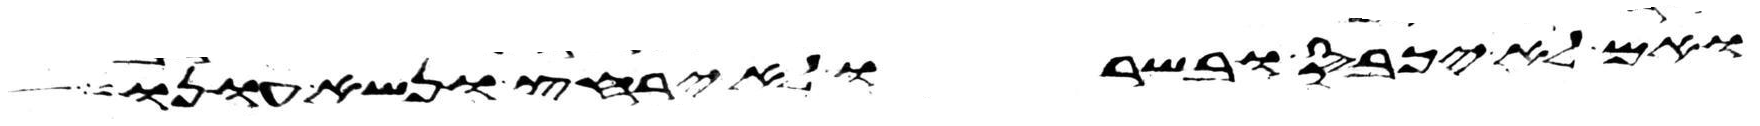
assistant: ואם לא יכבס ובשרו לא ירחץ ונשא עונו